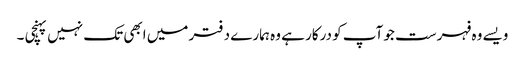
ویسے وہ فہرست جو آپ کو درکار ہے وہ ہمارے دفتر میں ابھی تک نہیں پہنچی ۔